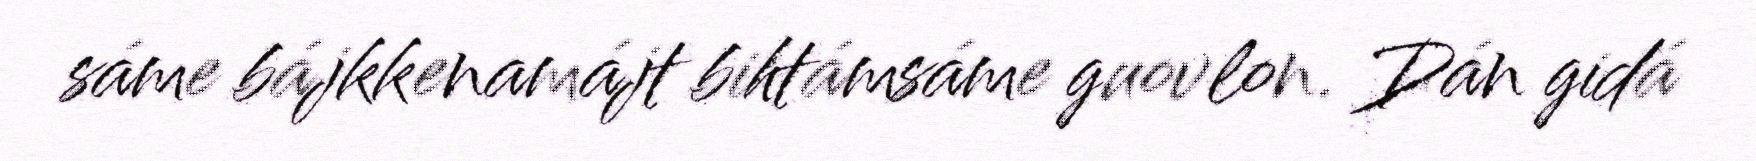
sáme bájkkenamájt bihtámsáme guovlon. Dán gidá